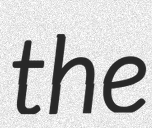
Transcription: the